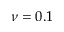
\nu = 0 . 1